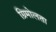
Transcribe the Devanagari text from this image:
ग्रिमोलता